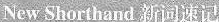
New Shorthand 新词速记